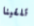
تلقينا